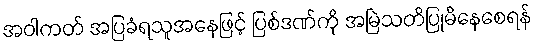
အဝါကတ် အပြခံရသူအနေဖြင့် ပြစ်ဒဏ်ကို အမြဲသတိပြုမိနေစေရန်